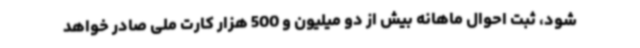
شود، ثبت احوال ماهانه بیش از دو میلیون و 500 هزار کارت ملی صادر خواهد